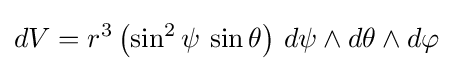
dV=r^{3}\left(\sin ^{2}\psi \,\sin \theta \right)\,d\psi \wedge d\theta \wedge d\varphi